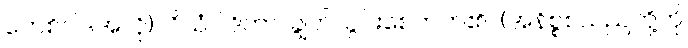
ကေစိဝါဒအလို)။ ဝိသံဝါဒိကာ၊ ချွတ်ယွင်းစေတတ်၏။ (အနိစ္စစသည်တို့ကို